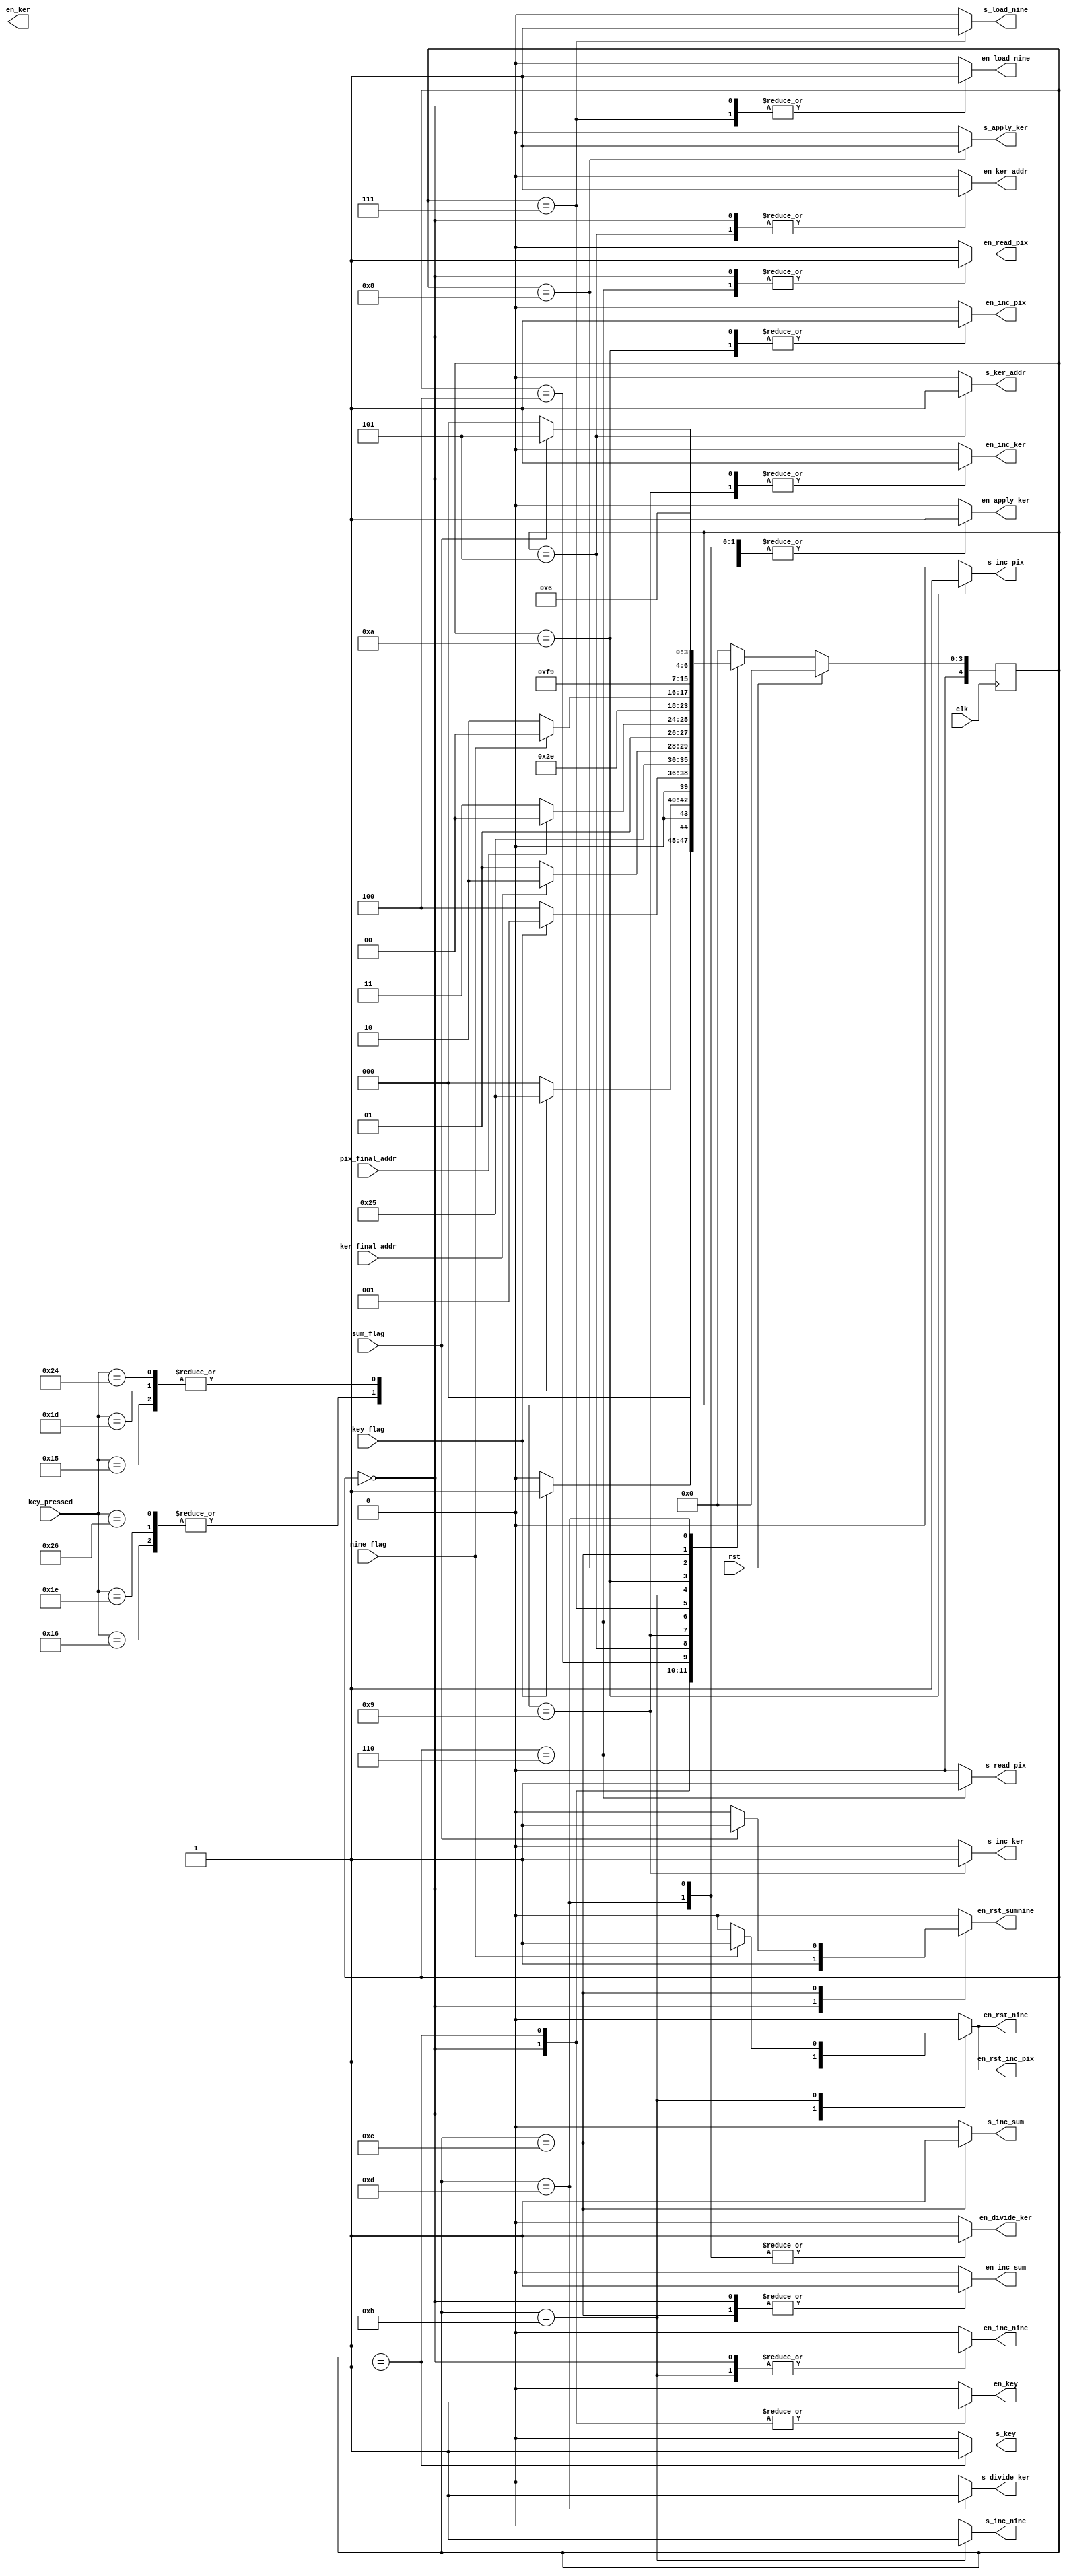
module controller(
	input clk,
	input rst,
	input ker_final_addr, //flag activated when all kernel pixels have been loaded
	input nine_flag, //flag that goes high when all nine pixels from original image have been loaded
	input pix_final_addr, //flag that gose high when all of the images pixels have been convoluted
	input [7:0]key_pressed, 
	input key_flag, 
	input sum_flag, //flag that goes high when the output of the matrix multiplciation is added up.
	
	output reg en_ker,
	
	output reg en_read_pix,
	output reg s_read_pix,
	
	output reg en_apply_ker,
	output reg s_apply_ker,
	
	output reg s_ker_addr,
	output reg en_ker_addr,
	
	output reg en_load_nine,
	output reg s_load_nine,
	
	output reg en_key,
	output reg s_key,
	
	output reg en_rst_sumnine,
	
	output reg s_inc_ker,
	
	output reg s_inc_pix,
	output reg en_inc_pix,
	
	output reg s_inc_nine,
	
	output reg s_inc_sum,
	
	output reg en_divide_ker,
	
	output reg en_inc_ker,
	
	output reg en_inc_nine,
	
	output reg en_inc_sum,
	
	output reg en_rst_nine,
	
	output reg en_rst_inc_pix,
	
	output reg s_divide_ker
	
);

parameter INIT = 5'd0;
parameter READ_KEY = 5'd1;
parameter HOLD = 5'd4;
parameter READ_KER = 5'd5;
parameter READ_PIX = 5'd6;
parameter LOAD_NINE = 5'd7; //YO
parameter APPLY_KER = 5'd8;
parameter INC_KER = 5'd9;
parameter INC_PIX = 5'd10; //yo
parameter INC_NINE = 5'd11; //yo
parameter INC_SUM = 5'd12;
parameter DIVIDE_KER = 5'd13;

reg [4:0] state, nextstate;

always @(posedge clk)
	if(rst)
		state <= INIT;
	else
		state <= nextstate;


always @(*) begin
	s_read_pix = 0;
	en_read_pix = 0;
	en_ker_addr = 0; s_ker_addr = 0;
	 s_apply_ker = 0; en_apply_ker = 0;
	en_load_nine = 0; s_load_nine = 0;
	en_key = 0; s_key = 0; s_inc_nine = 0;
	s_inc_ker = 0; s_inc_pix = 0;
	en_divide_ker = 0; s_divide_ker =0;
	s_inc_sum = 0;
	en_inc_ker = 0; en_inc_nine = 0;
	en_inc_pix = 0; en_inc_sum = 0; en_rst_nine = 0;
	en_rst_inc_pix = 0; en_rst_sumnine = 0;
	nextstate = INIT;
	case (state)
		INIT: begin
			en_ker_addr = 1;	 	 s_ker_addr = 0;
			en_read_pix = 1;	 	 s_read_pix = 0;
			en_load_nine=  1;		 s_load_nine = 0;
			en_apply_ker = 1; 	 s_apply_ker = 0;
			en_key = 1; 		    s_key = 0;
			s_inc_ker = 0;			 en_inc_ker = 1;
											s_inc_pix = 0;		s_inc_sum = 0;	
			en_divide_ker = 1; 	 s_divide_ker = 0;
			en_inc_nine= 1; 		 s_inc_nine = 0;
			en_inc_pix= 1; en_inc_sum = 1;
			en_rst_nine = 1;
			en_rst_inc_pix = 1; en_rst_sumnine = 1;
			if (key_flag)
				nextstate = READ_KEY;
			else
				nextstate = INIT;
		end
		
		READ_KEY: begin					//This state reads the key and decides how to precede next
			en_key = 1; s_key = 1;
			case(key_pressed)
				8'h16: begin
					nextstate = HOLD;
					end
				8'h1E: begin
					nextstate = HOLD;
					end
				8'h26: begin
					nextstate = HOLD;
					end
				8'h15: begin
					nextstate = READ_KER;
				end
				8'h1d: begin
					nextstate = READ_KER;
				end
				8'h24: begin
					nextstate = READ_KER;
				end
				default: ;
			endcase
		end
		
		
		HOLD: begin								//Our final state that keeps the current image on the display
			s_divide_ker = 0;
			if(key_flag)
				nextstate = READ_KEY;
			else
				nextstate = HOLD;
		end
		
		
		READ_KER: begin 								//reads in our nine kernel pixels
			en_ker_addr = 1; s_ker_addr = 1;
			nextstate = INC_KER;
		end
		
		INC_KER: begin								//increments the address for above state
			en_inc_ker = 1; s_inc_ker = 1;
			if(ker_final_addr)
				nextstate = READ_PIX;
			else
				nextstate = READ_KER;
		end
		
		READ_PIX: begin								//chooses the pixel to be convoluted from original image
			en_read_pix = 1; s_read_pix = 1;
			if(pix_final_addr) 
				nextstate = HOLD; 
			else	
				nextstate = LOAD_NINE;
		end

		LOAD_NINE: begin								//loads the nine surrounding pixels
			en_load_nine = 1; s_load_nine = 1;
			nextstate = INC_NINE;
		end
		
		INC_NINE: begin								//increments for the above state
			s_inc_nine = 1; en_inc_nine = 1;
			if(nine_flag) begin
				nextstate = APPLY_KER;
				en_rst_nine = 1; en_rst_inc_pix = 1;
			end
			else
				nextstate = INC_PIX;
		end
		
		INC_PIX: begin									//increments the current pixel address
			s_inc_pix = 1; en_inc_pix = 1;
			nextstate = LOAD_NINE;
		end
		
		APPLY_KER: begin								//computes the matrix multiplication
			s_inc_nine = 0; s_inc_pix = 0;
			en_apply_ker = 1; s_apply_ker = 1;
			nextstate = INC_SUM;
		end
		
		INC_SUM: begin									//cycles through addresses for above state
			en_inc_sum = 1; s_inc_sum = 1;
			if(sum_flag) begin
				en_rst_sumnine = 1;
				nextstate = DIVIDE_KER;
			end
			else
				nextstate = APPLY_KER;
		end
		
		DIVIDE_KER: begin								//sets the output pixel
			s_inc_sum = 0; s_apply_ker = 0; en_apply_ker = 1;
			en_divide_ker = 1; s_divide_ker = 1;
			nextstate = READ_PIX;
		end
		
	endcase

end


endmodule